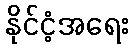
နိုင်ငံ့အရေး